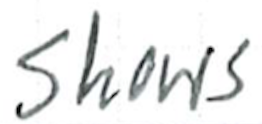
Text: shows
Cross-out: clean
Writing tool: ballpoint